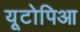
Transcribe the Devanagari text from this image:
यूटोपिआ